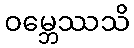
ဝမ္ဘေဿသိ